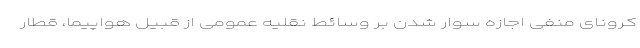
کرونای منفی اجازه سوار شدن بر وسائط نقلیه عمومی از قبیل هواپیما، قطار